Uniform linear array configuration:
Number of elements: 24
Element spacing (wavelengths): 0.5
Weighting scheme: binomial
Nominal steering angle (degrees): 45
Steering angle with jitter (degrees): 45.318
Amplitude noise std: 0.05
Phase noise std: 0.05

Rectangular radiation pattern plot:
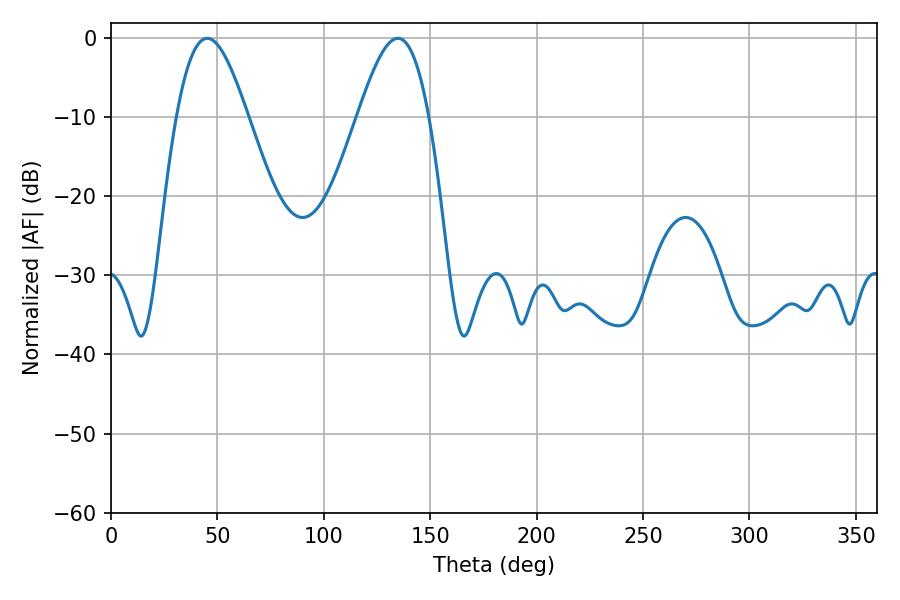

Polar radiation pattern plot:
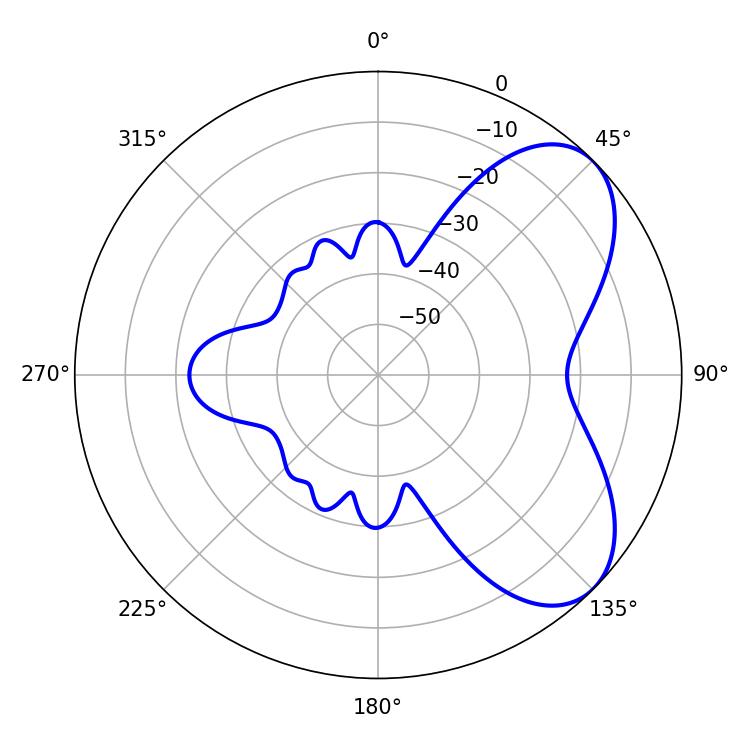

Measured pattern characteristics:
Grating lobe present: FALSE
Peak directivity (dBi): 6.054
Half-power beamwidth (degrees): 18
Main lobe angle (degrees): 45.18